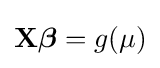
\mathbf {X} {\boldsymbol {\beta }}=g(\mu )\,\!